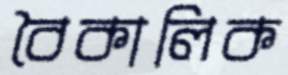
বৈকালিক